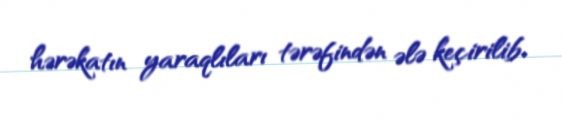
hərəkatın yaraqlıları tərəfindən ələ keçirilib.